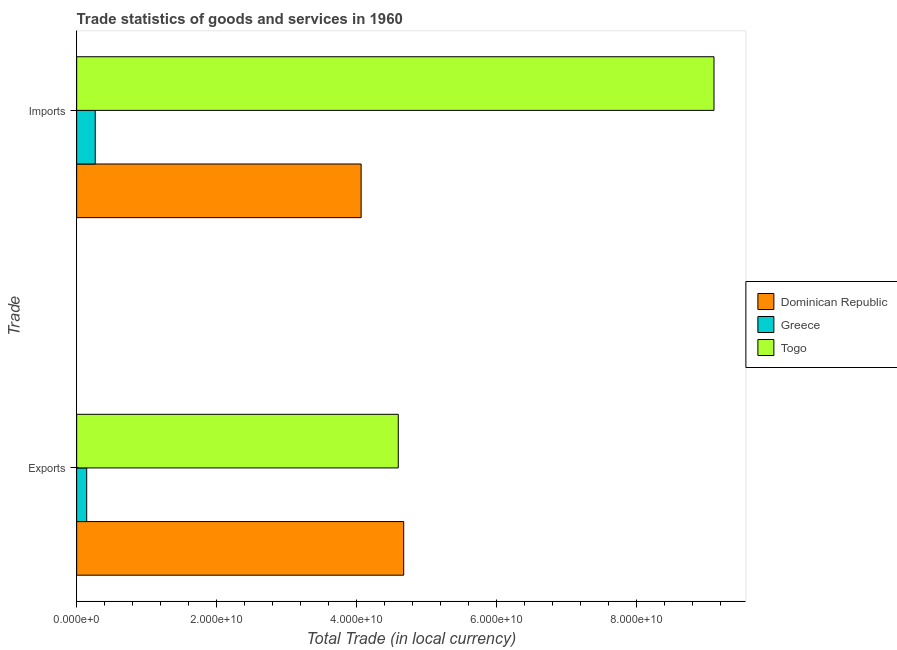
| Trade | Dominican Republic | Greece | Togo |
 | --- | --- | --- | --- |
 | Exports | 4.67e+10 | 1.43e+09 | 4.59e+10 |
 | Imports | 4.06e+10 | 2.65e+09 | 9.1e+10 |